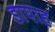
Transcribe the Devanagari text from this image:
डापाह